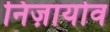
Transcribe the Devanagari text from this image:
निज़ायोव